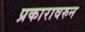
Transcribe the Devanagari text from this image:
प्रकारावरुन